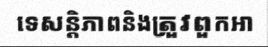
ទេសន្តិភាពនិងត្រួវពួកអា